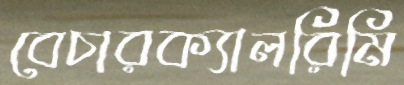
বেচারক্যালরিমি